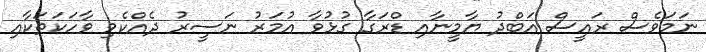
ނަމަވެސް ރައީސް އަބްދު ޔާމީނާއި ޑްރަގާ ގުޅުވާ އުމަރު ނަސީރު ދެއްކެވި ވާހަކަތަކާއި